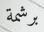
برشمة